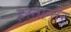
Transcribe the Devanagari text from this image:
हस्तान्तर